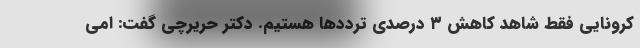
کرونایی فقط شاهد کاهش ۳ درصدی تردد‌ها هستیم. دکتر حریرچی گفت: امی